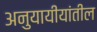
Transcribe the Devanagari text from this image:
अनुयायीयांतील